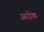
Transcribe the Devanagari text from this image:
अरोक